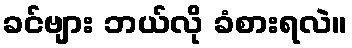
ခင်ဗျား ဘယ်လို ခံစားရလဲ။